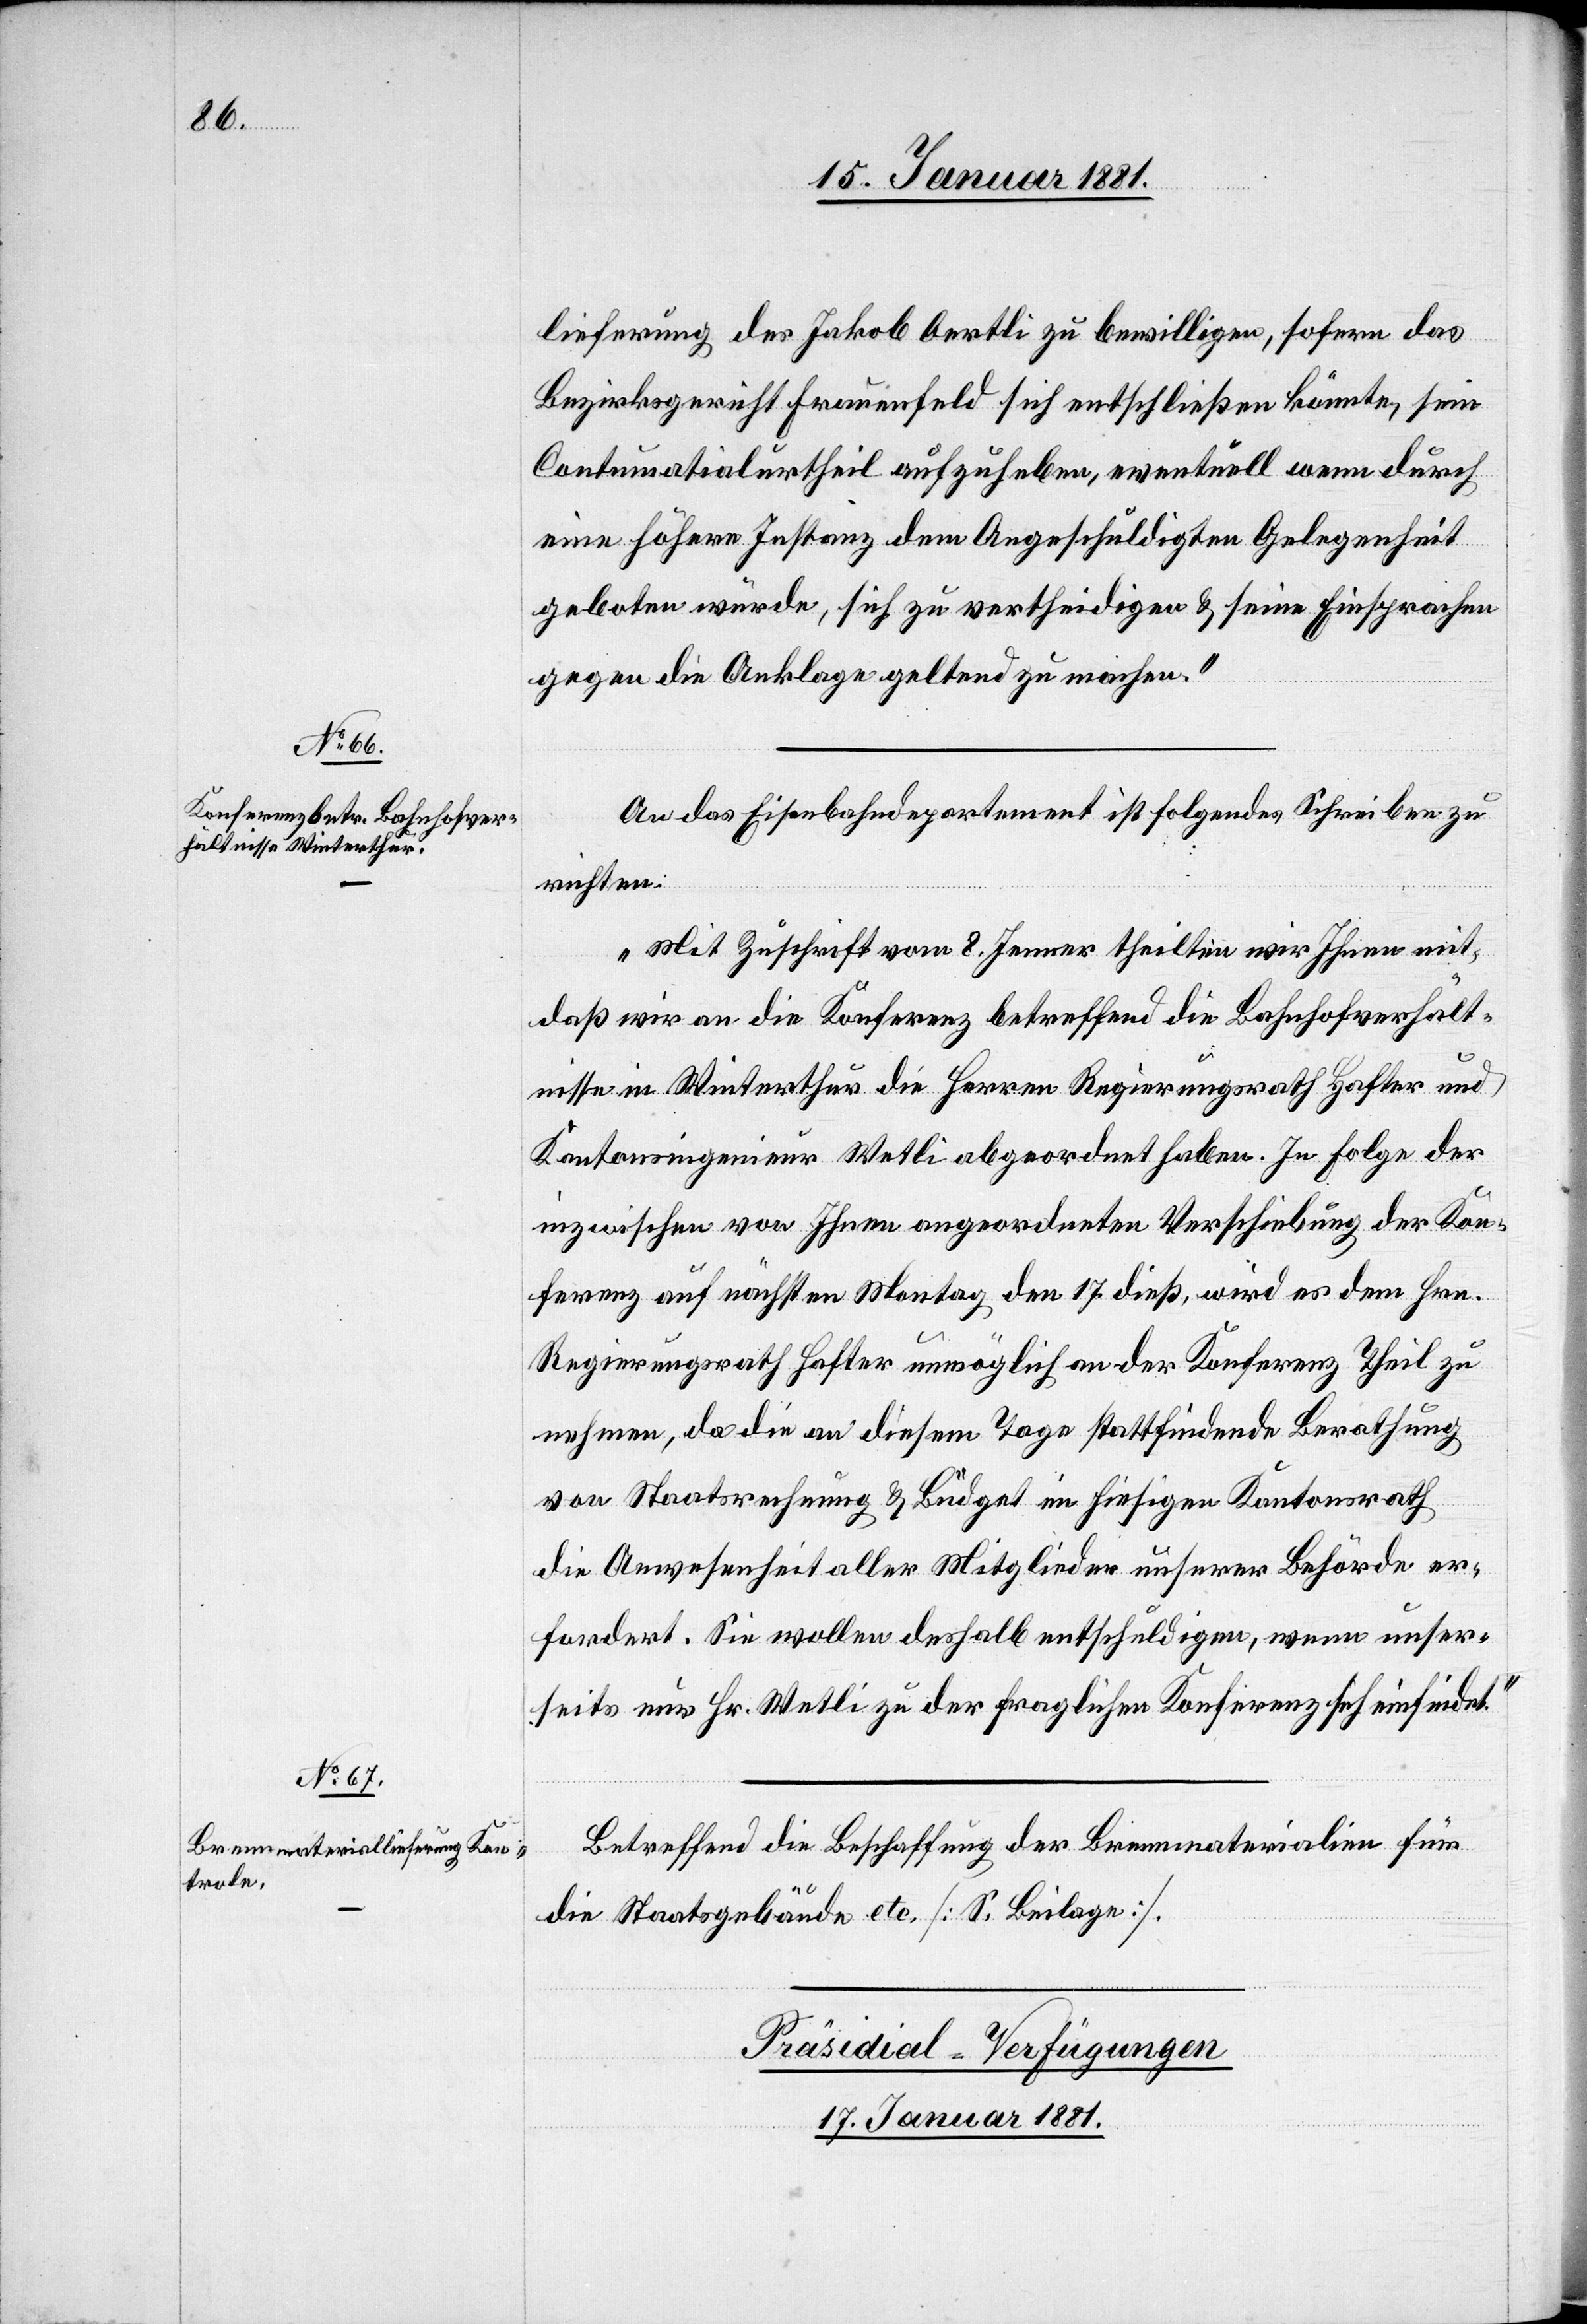
lieferung des Jakob Oertli zu bewilligen, sofern das
Bezirksgericht Frauenfeld sich entschließen könnte, sein
Contumatialurtheil aufzuheben, eventuell wenn durch
eine höhere Instanz dem Angeschuldigten Gelegenheit
geboten würde, sich zu vertheidigen & seine Einsprachen
gegen die Anklage geltend zu machen.“
An das Eisenbahndepartement ist folgendes Schreiben zu
richten:
„Mit Zuschrift vom 8. Jenner theilten wir Ihnen mit,
daß wir an die Konferenz betreffend die Bahnhofverhält¬
nisse in Winterthur die Herren Regierungsrath Hafter und
Kantonsingenieur Wetli abgeordnet haben. In Folge der
inzwischen von Ihnen angeordneten Verschiebung der Kon¬
ferenz auf nächsten Montag den 17. dieß, wird es dem Hrn.
Regierungsrath Hafter unmöglich an der Konferenz Theil zu
nehmen, da die an diesem Tage stattfindende Berathung
von Staatsrechnung & Büdget im hiesigen Kantonsrath
die Angelegenheit aller Mitglieder unserer Behörde er¬
fordert. Sie wollen deshalb entschuldigen, wenn unser¬
seits nur Hr. Wetli zu der fraglichen Konferenz sich einfindet.“